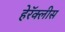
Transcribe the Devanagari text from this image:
हेरॅक्लीस